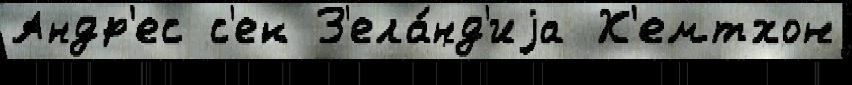
Андр'ес с'ек З'ела́нд'иjа Х'емтхон